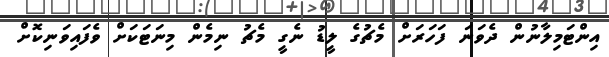
އިންޓަމިލާނުން ދެވަނަ ފަހަރަށް މެޗުގެ ލީޑު ނެގީ މެޗު ނިމެން މިނަޓަކަށް ވެފައިވަނިކޮށް